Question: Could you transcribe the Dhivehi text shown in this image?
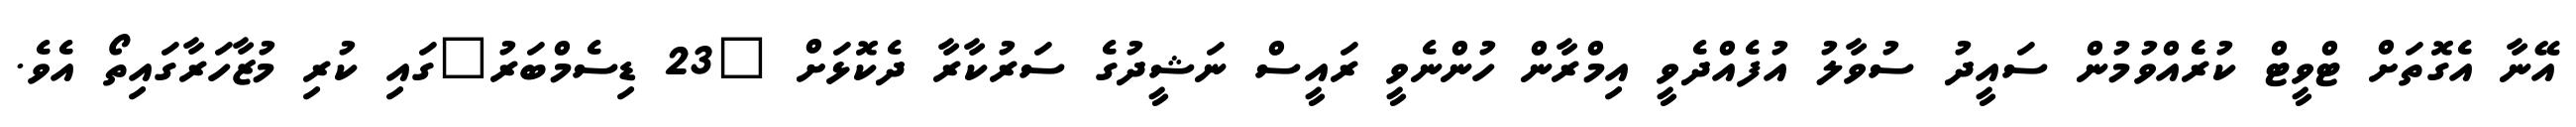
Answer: އޭނާ އެގޮތަށް ޓްވީޓް ކުރެެއްވުމުން ސައީދު ސުވާލު އުފެއްދެވީ އިމްރާން ހުންނެވީ ރައީސް ނަޝީދުގެ ސަރުކާރާ ދެކޮޅަށް "23 ޑިސެމްބަރު"ގައި ކުރި މުޒާހަރާގައިތޯ އެވެ.